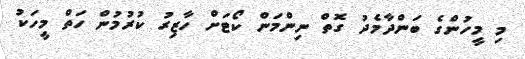
މި މީހުންގެ ބަންދާމެދު ގޮތް ނިންމަން ކޯޓަށް ހާޒިރު ކުރުމުން ހަތް މީހަކު